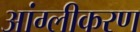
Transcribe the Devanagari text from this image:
आंग्लीकरण